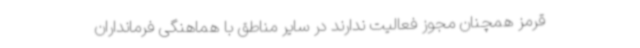
قرمز همچنان مجوز فعالیت ندارند در سایر مناطق با هماهنگی فرمانداران